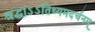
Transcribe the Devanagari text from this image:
श्रद्धाऽऽतिथ्यमदर्चनम्